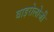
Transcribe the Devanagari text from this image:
वाइरोलोजी